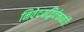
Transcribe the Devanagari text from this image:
निवेदयद्भिर्वक्तव्यंतैः